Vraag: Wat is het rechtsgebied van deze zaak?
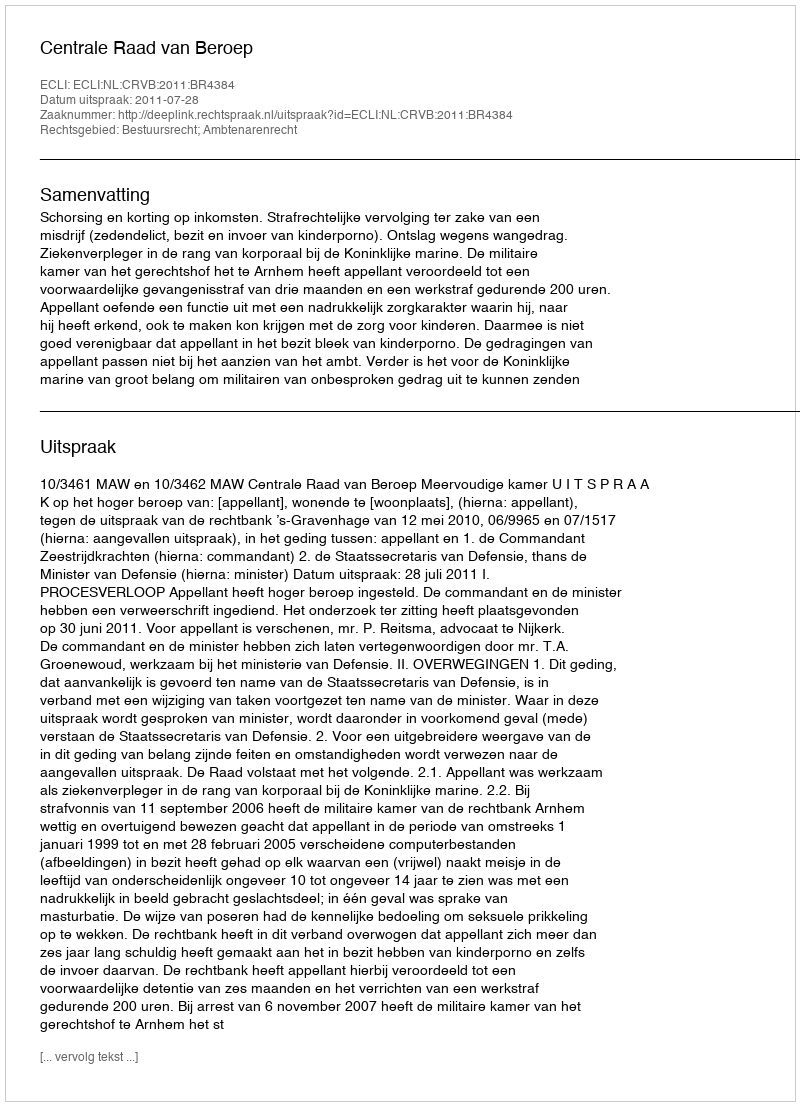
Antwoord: Bestuursrecht; Ambtenarenrecht